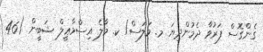
ގެންގޮސް ފަރުވާ ދެމުންދިޔަ މ. މަލަސް/ ކ. މާލެ އިސްމާޢީލް ޝަބީން (46